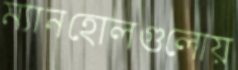
ম্যানহোলগুলোয়